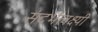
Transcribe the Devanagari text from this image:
संदर्भलक्ष्यी